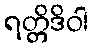
ရတ္တိဒိဝါ